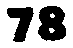
78